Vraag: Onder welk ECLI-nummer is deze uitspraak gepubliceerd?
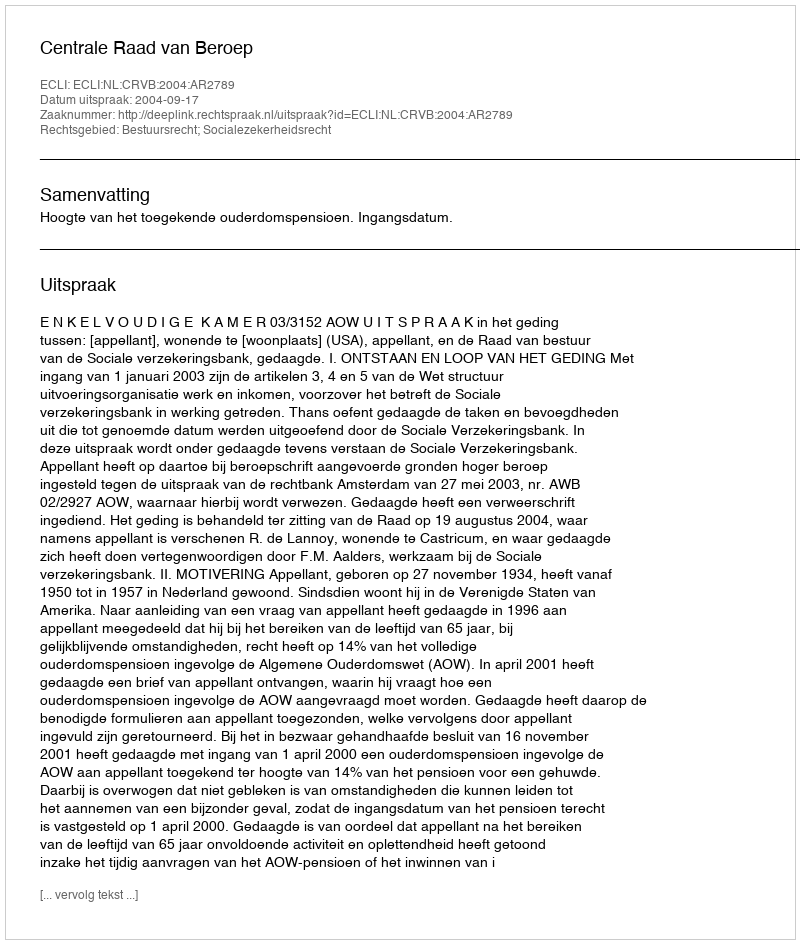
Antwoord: ECLI:NL:CRVB:2004:AR2789